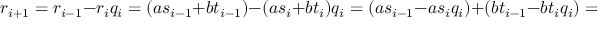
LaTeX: r _ { i + 1 } = r _ { i - 1 } - r _ { i } q _ { i } = ( a s _ { i - 1 } + b t _ { i - 1 } ) - ( a s _ { i } + b t _ { i } ) q _ { i } = ( a s _ { i - 1 } - a s _ { i } q _ { i } ) + ( b t _ { i - 1 } - b t _ { i } q _ { i } ) = a s _ { i + 1 } + b t _ { i + 1 } .